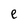
Character: e